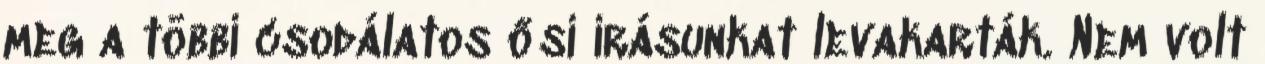
meg a többi csodálatos ősi írásunkat levakarták. Nem volt